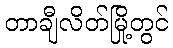
တာချီလိတ်မြို့တွင်